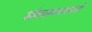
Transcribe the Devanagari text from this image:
संकल्पनासाठी